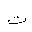
Letter: _ta